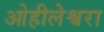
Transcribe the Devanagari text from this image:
ओहीलेश्वरा